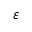
\varepsilon